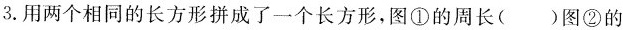
3.用两个相同的长方形拼成了一个长方形，图①的周长()图②的